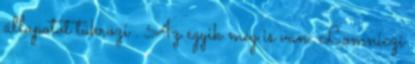
állapotot tükrözi . Az egyik meg is van: Lomniczi